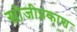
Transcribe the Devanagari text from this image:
खोजीप्रकाश